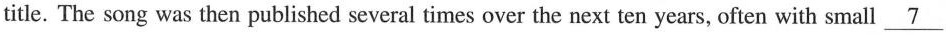
title. The song was then published several times over the next ten years, often with small \underline{7}